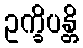
ဥက္ခိပန္တိ